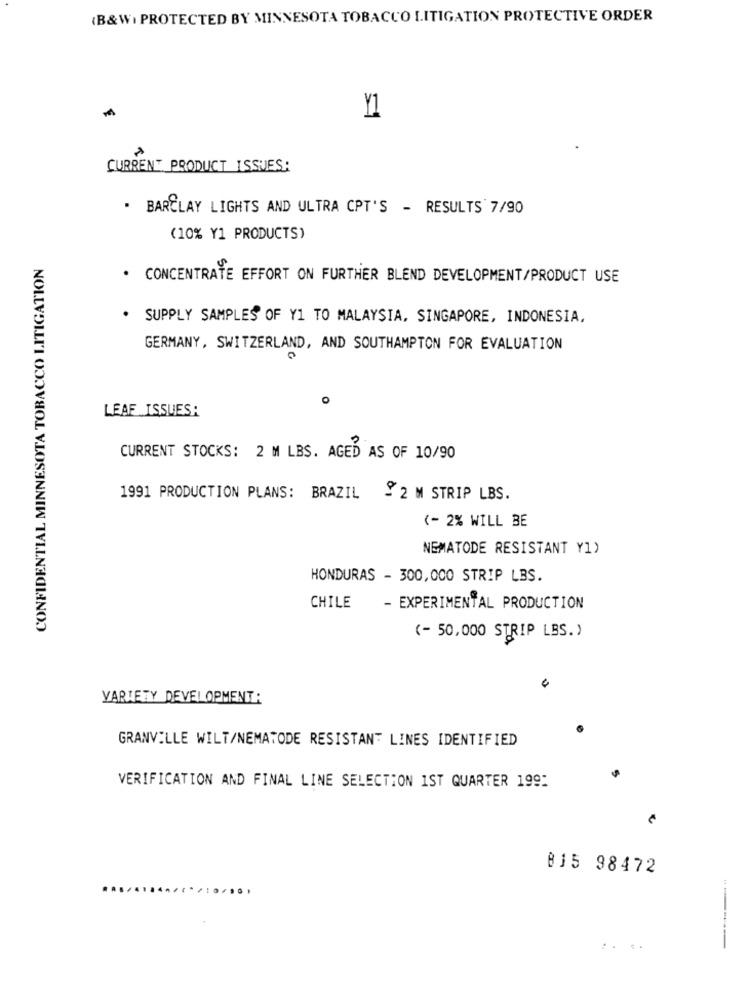
(B&WI PROTECTED BY MINNESOTA TOBACCO LITIGATION PROTECTIVE ORDER
Y1
CURRENT PRODUCT ISSUES:
. BARCLAY LIGHTS AND ULTRA CPT'S - RESULTS 7/90
(10% Y1 PRODUCTS)
CONFIDENTIAL MINNESOTA TOBACCO LITIGATION
· CONCENTRATE EFFORT ON FURTHER BLEND DEVELOPMENT/PRODUCT USE
. SUPPLY SAMPLES OF Y1 TO MALAYSIA, SINGAPORE, INDONESIA,
GERMANY, SWITZERLAND, AND SOUTHAMPTON FOR EVALUATION
LEAF ISSUES:
CURRENT STOCKS: 2 M LBS. AGED AS OF 10/90
1991 PRODUCTION PLANS: BRAZIL
9 2 M STRIP LBS.
(- 2% WILL BE
NEMATODE RESISTANT Y1)
HONDURAS - 300,000 STRIP LBS.
CHILE
- EXPERIMENTAL PRODUCTION
(- 50,000 STRIP LBS.)
VARIETY DEVELOPMENT :
GRANVILLE WILT/NEMATODE RESISTANT LINES IDENTIFIED
VERIFICATION AND FINAL LINE SELECTION IST QUARTER 199:
815 98472
..
......